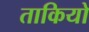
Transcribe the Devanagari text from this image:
ताकियो